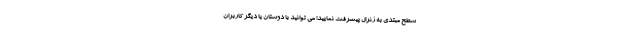
سطح مبتدی به ژنرال پیشرفت نمایید! می توانید با دوستان یا دیگر کاربران